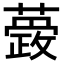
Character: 𮒆